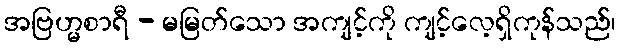
အဗြဟ္မစာရီ - မမြတ်သော အကျင့်ကို ကျင့်လေ့ရှိကုန်သည်၊